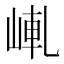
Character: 𡸗